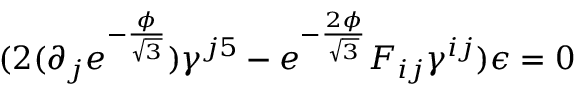
( 2 ( \partial _ { j } e ^ { - \frac { \phi } { \sqrt { 3 } } } ) \gamma ^ { j 5 } - e ^ { - \frac { 2 \phi } { \sqrt { 3 } } } F _ { i j } \gamma ^ { i j } ) \epsilon = 0